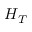
H _ { T }